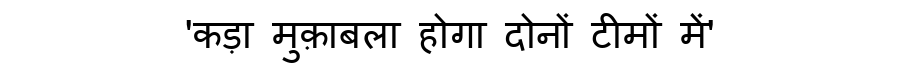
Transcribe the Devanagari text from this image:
'कड़ा मुक़ाबला होगा दोनों टीमों में'